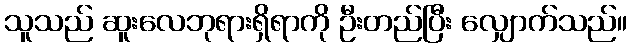
သူသည် ဆူးလေဘုရားရှိရာကို ဦးတည်ပြီး လျှောက်သည်။